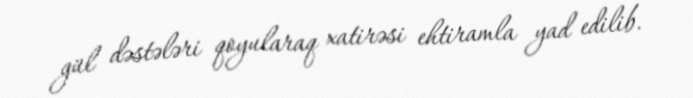
gül dəstələri qoyularaq xatirəsi ehtiramla yad edilib.